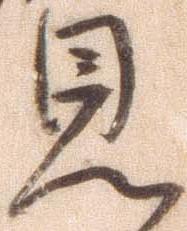
見